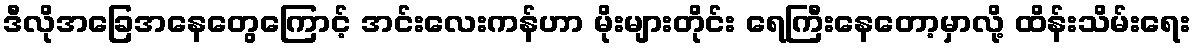
ဒီလိုအခြေအနေတွေကြောင့် အင်းလေးကန်ဟာ မိုးများတိုင်း ရေကြီးနေတော့မှာလို့ ထိန်းသိမ်းရေး